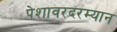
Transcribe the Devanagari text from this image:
पेशावरदरम्यान